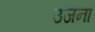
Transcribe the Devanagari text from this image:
उजना